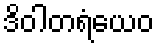
ဒိဝါတရံယေဝ